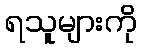
ရသူများကို